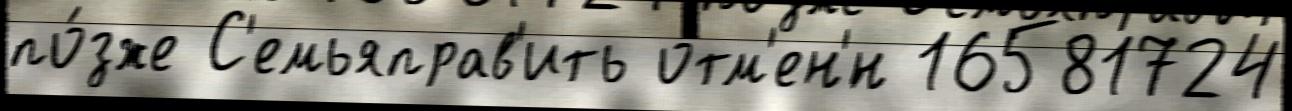
по́зже С'емьяправ'ить отм'ен'́н 16581724